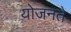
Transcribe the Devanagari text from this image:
योजनते